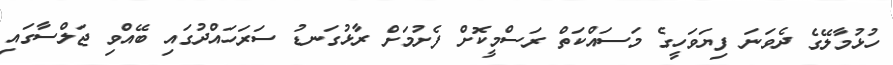
ހުޅުމާލޭގެ ދެވަނަ ފިޔަވަހީގެ މަސައްކަތް ރަސްމީކޮށް ފެށުމަށް ރާޅުގަނޑު ސަރަހައްދުގައި ބޭއްވި ޖަލްސާގައި